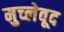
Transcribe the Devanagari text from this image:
मुच्लेवूद